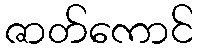
ဇာတ်ကောင်